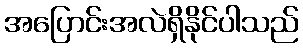
အပြောင်းအလဲရှိနိုင်ပါသည်